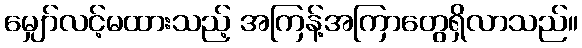
မျှော်လင့်မထားသည့် အကြန့်အကြာတွေရှိလာသည်။